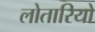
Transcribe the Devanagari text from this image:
लोतारियो